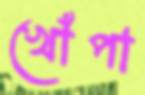
খোঁপা